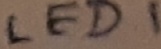
Text: LED1